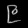
Digit: ၉